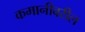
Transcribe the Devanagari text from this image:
कमानीवरील